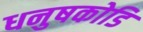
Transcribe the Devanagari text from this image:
धनुषकोडि